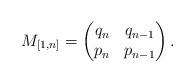
\begin{align*}M_{[1,n]}=\left(\begin{matrix}q_n & q_{n-1} \\p_n & p_{n-1}\end{matrix}\right).\end{align*}